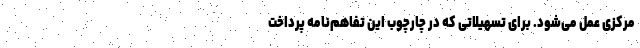
مرکزی عمل می‌شود. برای تسهیلاتی که در چارچوب این تفاهم‌نامه پرداخت